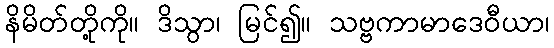
နိမိတ်တို့ကို။ ဒိသွာ၊ မြင်၍။ သဗ္ဗကာမာဒေဝီယာ၊